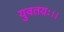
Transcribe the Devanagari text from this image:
युवतयः।।